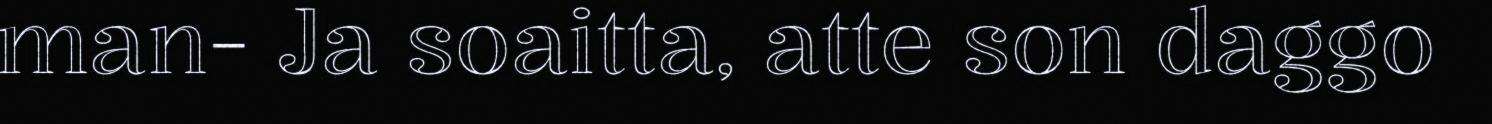
man- Ja soaitta, atte son daggo